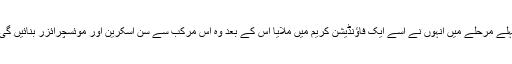
پہلے مرحلے میں انہوں نے اسے ایک فاؤنڈیشن کریم میں ملایا اس کے بعد وہ اس مرکب سے سن اسکرین اور موئسچرائزر بنائیں گی۔